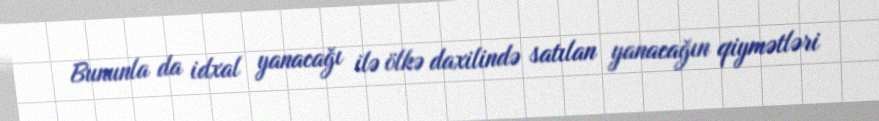
Bununla da idxal yanacağı ilə ölkə daxilində satılan yanacağın qiymətləri